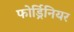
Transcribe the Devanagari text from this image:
फोर्ड्रिनियर